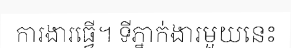
ការងារធ្វើ។ ទីភ្នាក់ងារមួយនេះ